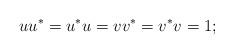
LaTeX: \begin{align*}uu^*=u^*u=vv^*=v^*v=1;\\\end{align*}